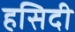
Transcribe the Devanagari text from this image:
हसिदी